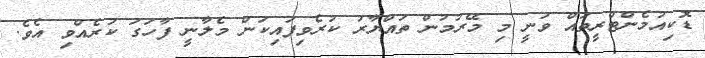
ޑޮކިއުމެންޓްރީތައް ވަނީ މި މޭރުމުން ތައްޔާރު ކުރެވިފައިކަން މެލާނީ ފާހަަގަ ކުރެއްވި އެވެ.